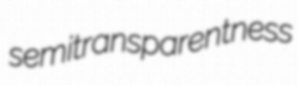
semitransparentness